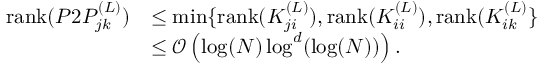
\begin{array} { r l } { \mathrm { r a n k } ( P 2 P _ { j k } ^ { ( L ) } ) } & { \leq \operatorname* { m i n } \{ \mathrm { r a n k } ( K _ { j i } ^ { ( L ) } ) , \mathrm { r a n k } ( K _ { i i } ^ { ( L ) } ) , \mathrm { r a n k } ( K _ { i k } ^ { ( L ) } \} } \\ & { \leq \mathcal { O } \left( \log ( N ) \log ^ { d } ( \log ( N ) ) \right) . } \end{array}